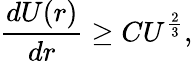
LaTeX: \frac{dU(r)}{dr}\geq CU^{\frac{2}{3}},